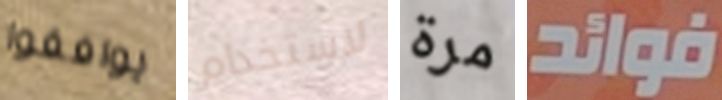
يوافقوا لاستخدام مرة فوائد